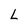
Character: L